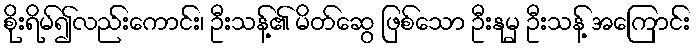
စိုးရိမ်၍လည်းကောင်း၊ ဦးသန့်၏ မိတ်ဆွေ ဖြစ်သော ဦးနုမှ ဦးသန့် အကြောင်း